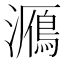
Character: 𤂮